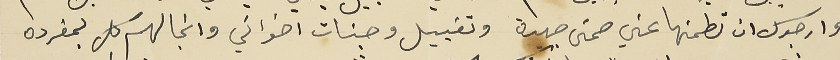
وارجوك ان تطمنها عني صحتى جيدة وتقبيل وجنات اخواتي وانجالهم كل بمفرده